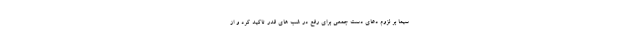
سیما بر لزوم دعای دست جمعی برای رفع در شب های قدر تاکید کرد و از